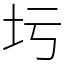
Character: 圬